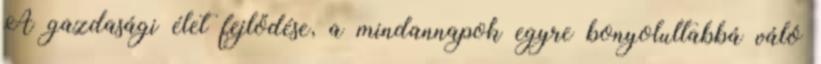
A gazdasági élet fejlődése, a mindannapok egyre bonyolultabbá váló